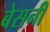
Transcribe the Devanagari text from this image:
बेसनी